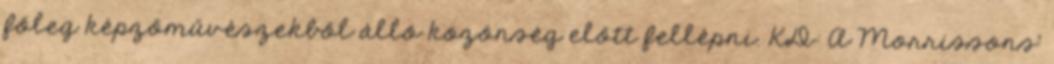
főleg képzőművészekből álló közönség előtt fellépni. KD: A Morrissons’